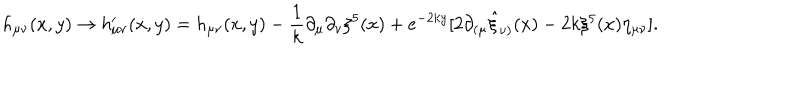
h _ { \mu \nu } ( x , y ) \rightarrow h _ { \mu \nu } ^ { \prime } ( x , y ) = h _ { \mu \nu } ( x , y ) - \frac { 1 } { k } \partial _ { \mu } \partial _ { \nu } \xi ^ { 5 } ( x ) + e ^ { - 2 k y } [ 2 \partial _ { ( \mu } \hat { \xi } _ { \nu ) } ( x ) - 2 k \xi ^ { 5 } ( x ) \eta _ { \mu \nu } ] .